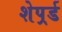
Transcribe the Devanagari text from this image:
शेपर्र्ड